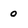
Character: 0